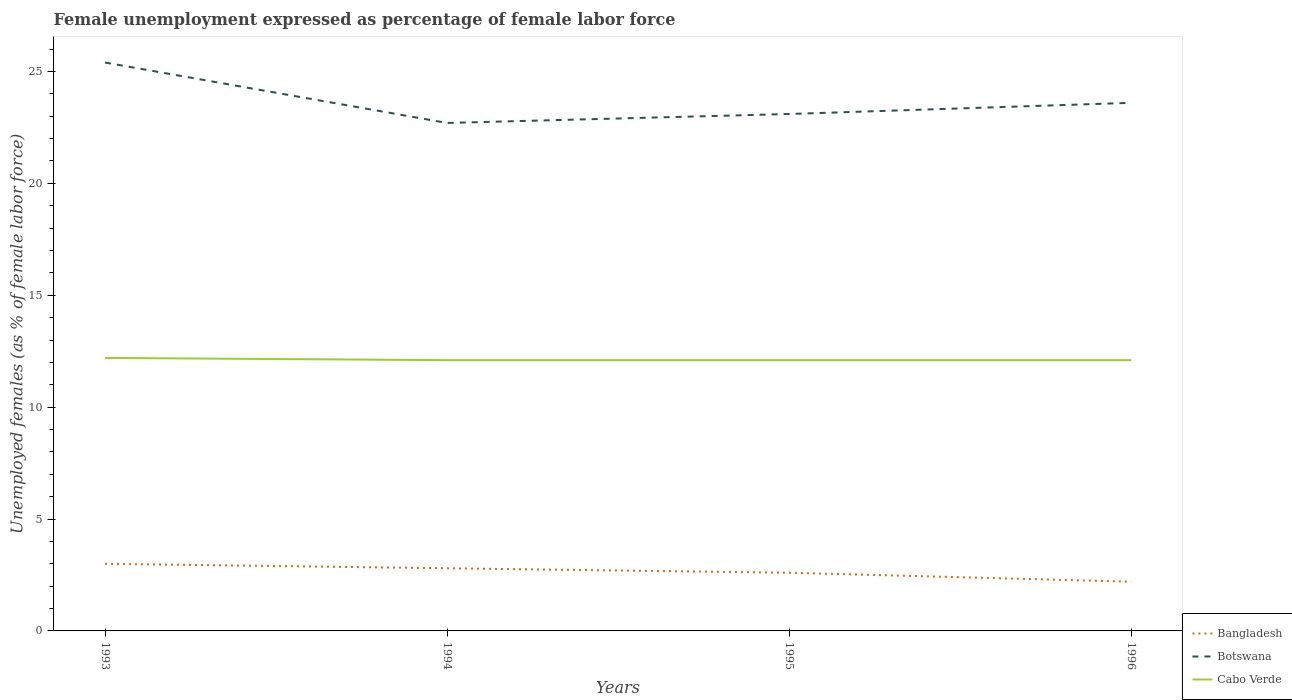
| Years | Bangladesh | Botswana | Cabo Verde |
 | --- | --- | --- | --- |
 | 1993 | 3 | 25.4 | 12.2 |
 | 1994 | 2.8 | 22.7 | 12.1 |
 | 1995 | 2.6 | 23.1 | 12.1 |
 | 1996 | 2.2 | 23.6 | 12.1 |